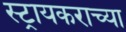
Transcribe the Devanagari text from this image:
स्ट्रायकराच्या